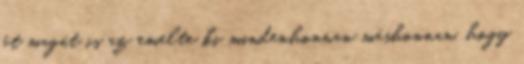
őt magát is az emelte ki mindenhonnan máshonnan, hogy